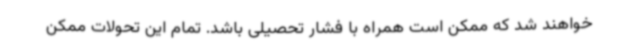
خواهند شد که ممکن است همراه با فشار تحصیلی باشد. تمام این تحولات ممکن